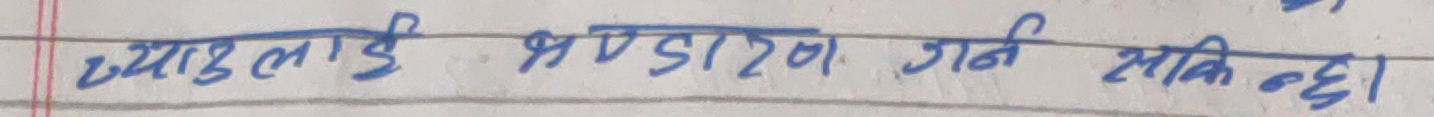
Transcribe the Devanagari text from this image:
ज्याउलाई भण्डारण गर्न सकिन्छ।